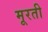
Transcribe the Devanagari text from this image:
मूरती